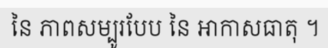
នៃ ភាពសម្បូរបែប នៃ អាកាសធាតុ ។